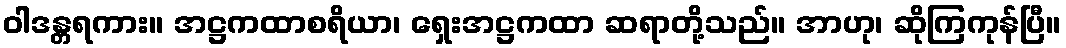
ဝါဒန္တရကား။ အဋ္ဌကထာစရိယာ၊ ရှေးအဋ္ဌကထာ ဆရာတို့သည်။ အာဟု၊ ဆိုကြကုန်ပြီ။